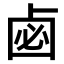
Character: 𠧸